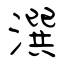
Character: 潠